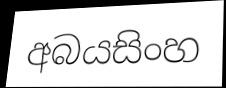
අබයසිංහ